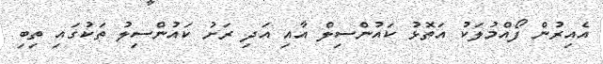
އެއިރުން ފޯއްމުލަކު އަތޮޅު ކައުންސިލް އާއި އަދި ރަށު ކައުންސިލު ތަކުގައި ތިބި